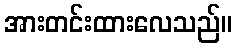
အားတင်းထားလေသည်။